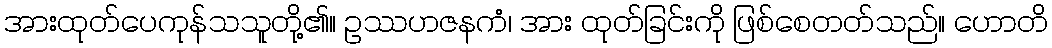
အားထုတ်ပေကုန်သသူတို့၏။ ဥဿဟဇနကံ၊ အား ထုတ်ခြင်းကို ဖြစ်စေတတ်သည်။ ဟောတိ